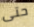
حتى